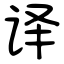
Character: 译